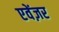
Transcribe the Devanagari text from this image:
एवेंज़र